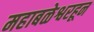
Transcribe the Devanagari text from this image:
महाबळेश्वरहून